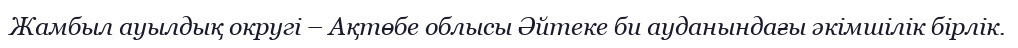
Жамбыл ауылдық округі – Ақтөбе облысы Әйтеке би ауданындағы әкімшілік бірлік.